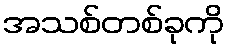
အသစ်တစ်ခုကို